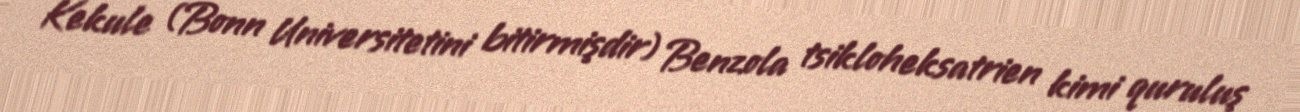
Kekule (Bonn Universitetini bitirmişdir) Benzola tsikloheksatrien kimi quruluş